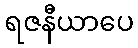
ရဇနီယာပေ